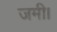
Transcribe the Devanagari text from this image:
जमी।